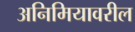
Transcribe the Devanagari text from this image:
अनिमियावरील